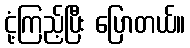
ငုံ့ကြည့်ပြီး ပြောတယ်။